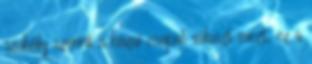
szabály szerint a hazai csapat választ mezt, ez a